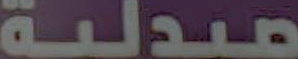
صيدلية